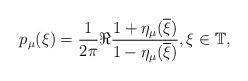
LaTeX: \begin{align*}p_{\mu}(\xi)=\frac{1}{2\pi}\Re\frac{1+\eta_{\mu}(\overline{\xi})}{1-\eta_{\mu}(\overline{\xi})},\xi\in\mathbb{T},\end{align*}